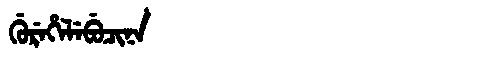
Manchu: ᡤᡠᡵᡝᡥᡝᠯᡝᠪᡠᠴᡳᠨᠠ
Romanization: GUREHELEBUCINA